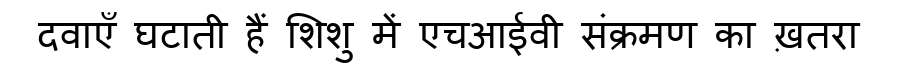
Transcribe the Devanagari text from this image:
दवाएँ घटाती हैं शिशु में एचआईवी संक्रमण का ख़तरा